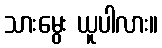
သားမွေး ယူပါလား။